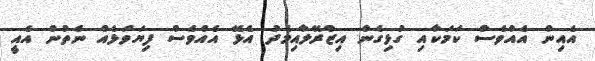
އެއިން އެއްވެސް ކަމަކާއި ގުޅިގެން އިޒްރޭލާއިމެދު އެޅޭ އެއްވެސް ފިޔަވަޅެއް ނެތުން އެއީ